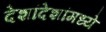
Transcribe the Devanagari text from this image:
देशांदेशांमध्ये